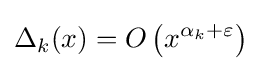
\Delta _{k}(x)=O\left(x^{\alpha _{k}+\varepsilon }\right)